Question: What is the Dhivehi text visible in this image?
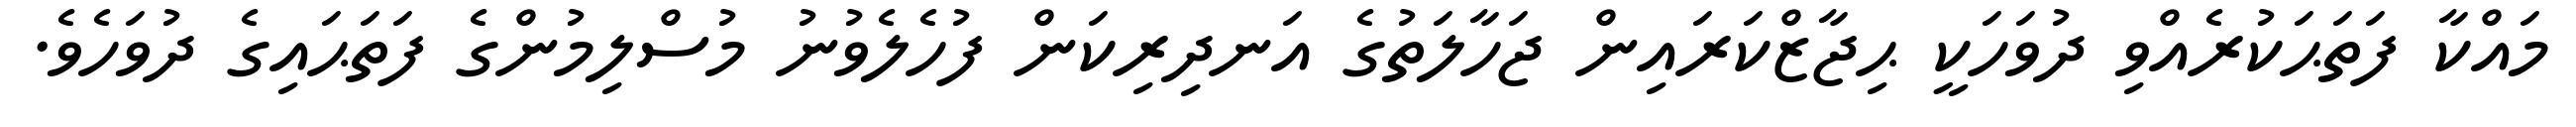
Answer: މައްކާ ފަތަޙަކުރެއްވި ދުވަހަކީ ޙިޖާޒްކަރައިން ޖަހާލަތުގެ އަނދިރިކަން ފުހެލެވުނު މުސްލިމުންގެ ފަތަޙައިގެ ދުވަހެވެ.